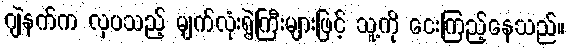
ဂျဲနက်က လှပသည့် မျက်လုံးရွဲကြီးများဖြင့် သူ့ကို ငေးကြည့်နေသည်။